Vaccine operations Central Provinces & Berar 1912-1920 - 1912-1920
Year: 1912
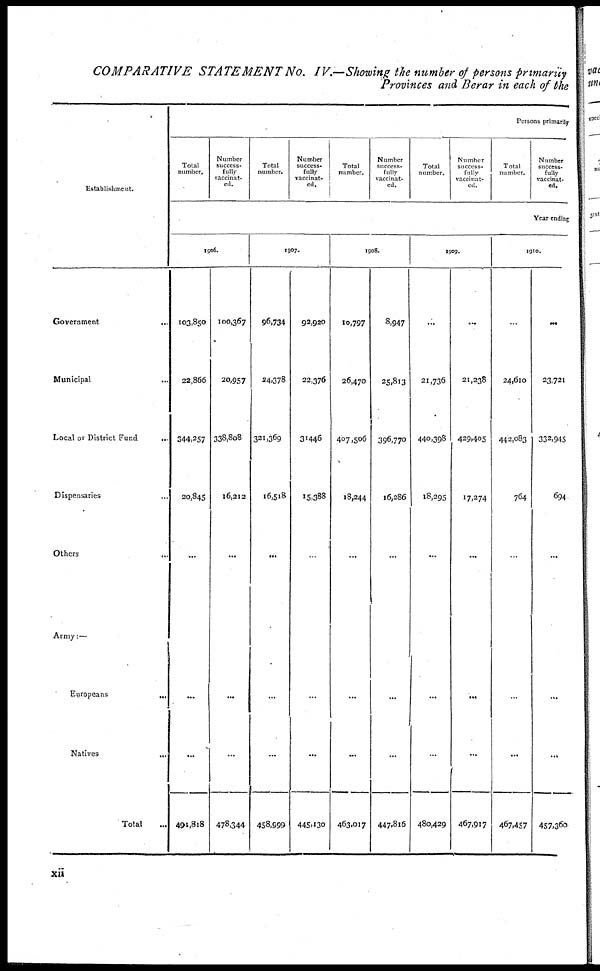
COMPARATIVE STATEMENT No. IV.Showing the number of persons primarily
Provinces and Berar in each of the
Establishment.
Government...
Municipal...
Local or District Fund...
Dispensaries...
Others...
Army:—
Europeans...
Natives...
Total...
Persons primarily
Total
number.
Number
success-
fully
vaccinat-
ed.
Total
number.
Number
success-
fully
vaccinat-
ed.
Total
number.
Number
success-
fully
vaccinat-
ed.
Total
number.
Number
success-
fully
vaccinat-
ed.
Total
number.
Number
success-
fully
vaccinat-
ed.
Year ending
1906.
103,850
22,866
344,257
20,845
...
...
...
491,818
100,367
20,957
338,808
16,212
...
...
...
478,344
1907.
96,734
24,378
321,369
16,518
...
...
...
458,999
92,920
22,376
31446
15,388
...
...
...
445,130
1908.
10,797
26,470
407,506
18,244
...
...
...
463,017
8,947
25,813
396,770
16,286
...
...
...
447,816
1909.
...
21,736
440,398
18,295
...
...
...
480,429
...
21,238
429,405
17,274
...
...
...
467,917
1910.
...
24,610
442,083
764
...
...
...
467,457
...
23,721
332,945
694
...
...
...
457,360
xii